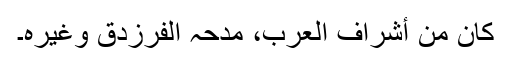
کان من أشراف العرب، مدحہ الفرزدق وغیرہ۔